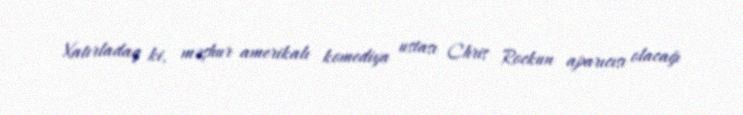
Xatırladaq ki, məşhur amerikalı komediya ustası Chris Rockun aparıcısı olacağı